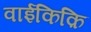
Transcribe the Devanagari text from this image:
वाईकिक़ि